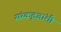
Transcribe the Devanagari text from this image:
संस्कृतज्ञांशी